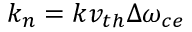
k _ { n } = k v _ { t h } \Delta \omega _ { c e }